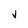
Character: V